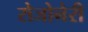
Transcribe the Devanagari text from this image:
रोजोनेरी